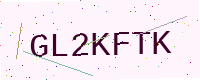
Text: GL2KFTK